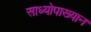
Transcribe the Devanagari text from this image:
साध्योपाख्यान